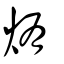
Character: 烠